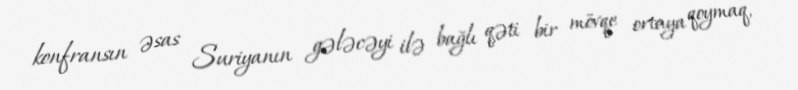
konfransın əsas Suriyanın gələcəyi ilə bağlı qəti bir mövqe ortaya qoymaq,